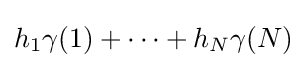
h_{1}\gamma (1)+\dots +h_{N}\gamma (N)